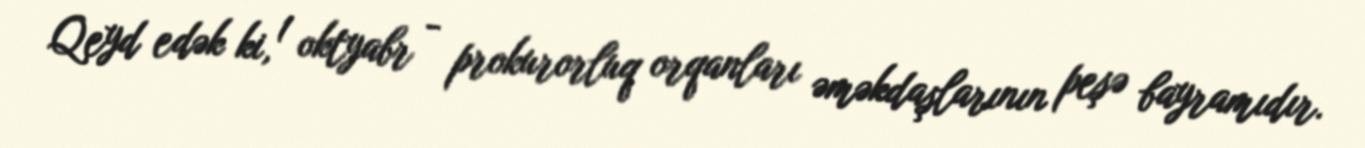
Qeyd edək ki, 1 oktyabr - prokurorluq orqanları əməkdaşlarının peşə bayramıdır.